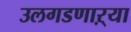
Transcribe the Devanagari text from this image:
उलगडणाऱ्या